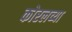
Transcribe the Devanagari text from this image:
कोरलच्या